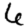
Digit: 6